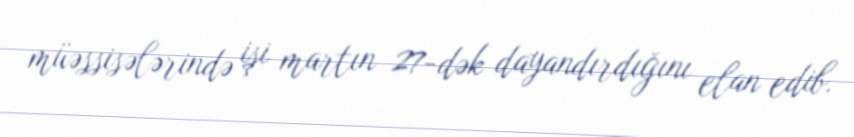
müəssisələrində işi martın 27-dək dayandırdığını elan edib.